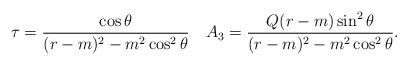
LaTeX: \begin{align*}\tau={\cos\theta\over (r-m)^2-m^2\cos^2\theta}\quad A_3={Q(r-m)\sin^2\theta\over (r-m)^2-m^2\cos^2\theta}.\end{align*}